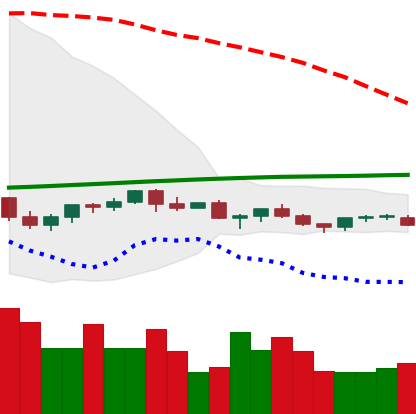
Ticker: TRX-USD
Chart end date: 2021-06-16
Forward return: -22.249%
Label: down_7plus